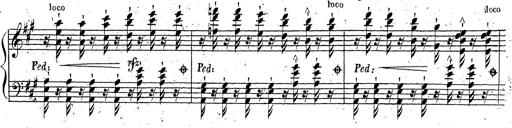
Title: Grande fantaisie sur la tyrolienne de l'opÃ©ra
Composer: Franz Liszt
Key: A major